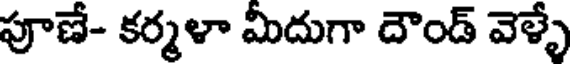
పూణే- కర్మళా మీదుగా దౌండ్ వెళ్ళే